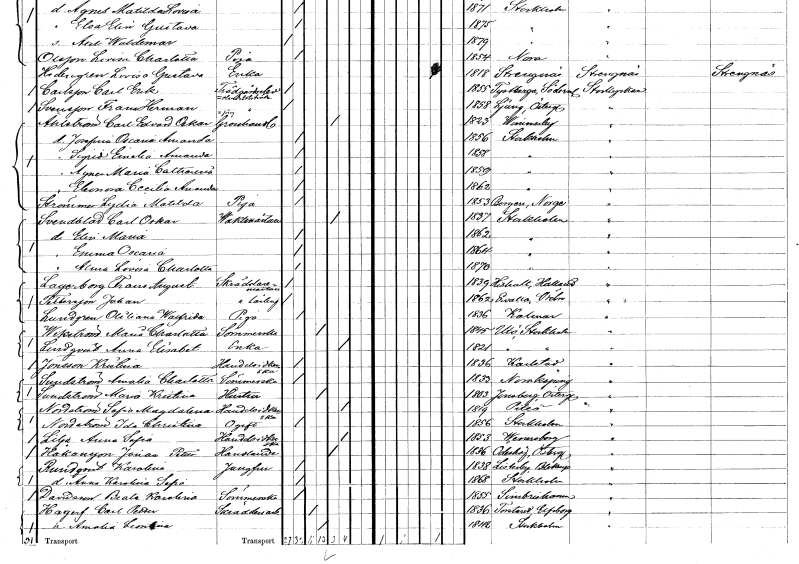
gt_parse: households: individuals: FN: Sigrid Emelia Amanda
KON: K
CIV: O
FODAR: 1858
FODFORS: Stockholm
FN: Agnes Maria Catharina
KON: K
CIV: O
FODAR: 1859
FODFORS: Stockholm
FN: Eleonora Cecilia Amanda
KON: K
CIV: O
FODAR: 1862
FODFORS: Stockholm
FN: Lydia Matilda
EN: Strömmer
YRKE: Piga
KON: K
CIV: O
FODAR: 1853
FN: Carl Oskar
EN: Svendblad
YRKE: Vaktmästare
KON: M
CIV: E
FODAR: 1837
FODFORS: Stockholm
FN: Elin Maria
KON: K
CIV: O
FODAR: 1862
FODFORS: Stockholm
FN: Emma Oscaria
KON: K
CIV: O
FODAR: 1864
FODFORS: Stockholm
FN: Alma Lovisa Charlotta
KON: K
CIV: O
FODAR: 1870
FODFORS: Stockholm
FN: Frans August
EN: Lagerberg
YRKE: Skräddarmästare
KON: M
CIV: O
FODAR: 1839
FODFORS: Hishult Hallands län
FN: Johan
EN: Pettersson
YRKE: Skräddarelärling
KON: M
CIV: O
FODAR: 1862
FODFORS: Ervalla Örebro län
FN: Otiliana Walfrida
EN: Lundgren
YRKE: Piga
KON: K
CIV: O
FODAR: 1836
FODFORS: Kalmar Kalmar län
FN: Maria Charlotta
EN: Wikström
YRKE: Sömmerska
KON: K
CIV: G
FODAR: 1845
FODFORS: Utö Stockholms län
FN: Anna Elisabet
EN: Lindqvist
YRKE: Änka
KON: K
CIV: E
FODAR: 1821
FODFORS: Utö Stockholms län
FN: Kristina
EN: Jonsson
YRKE: Handelsidkerska
KON: K
CIV: O
FODAR: 1836
FODFORS: Karlstad Värmlands län
FN: Amalia Charlotta
EN: Sundström
YRKE: Sömmerska
KON: K
CIV: O
FODAR: 1833
FODFORS: Norrköping Östergötlands län
FN: Maria Kristina
EN: Sundström
YRKE: Hustru
KON: K
CIV: G
FODAR: 1803
FODFORS: Jonsberg Östergötlands län
FN: Sofia Magdalena
EN: Nordström
YRKE: Handelsidkerska
KON: K
CIV: E
FODAR: 1819
FODFORS: Piteå Norrbottens län
FN: Ida Charistina
EN: Nordström
KON: K
CIV: O
FODAR: 1856
FODFORS: Stockholm
FN: Anna Sofia
EN: Lilja
YRKE: Handelsidkerska
KON: K
CIV: E
FODAR: 1853
FODFORS: Vänersborg Älvsborgs län
FN: Jonas Petter
EN: Håkansson
YRKE: Handlande
KON: M
CIV: E
FODAR: 1836
FODFORS: Ödeshög Östergötlands län
FN: Karolina
EN: Rundqvist
YRKE: Jungfru
KON: K
CIV: O
FODAR: 1838
FODFORS: Listerby Blekinge län
FN: Anna Karolina Sofia
KON: K
CIV: O
FODAR: 1868
FODFORS: Stockholm
FN: Beata Karolina
EN: Davidsson
YRKE: Sömmerska
KON: K
CIV: O
FODAR: 1855
FODFORS: Simrishamn Kristianstads län
FN: Carl Petter
EN: Hagerf
YRKE: Skrädderiarbetare
KON: M
CIV: G
FODAR: 1836
FODFORS: Tostared Älvsborgs län
FN: Amalia Leontina
KON: K
CIV: G
FODAR: 1842
FODFORS: Stockholm